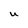
Character: U